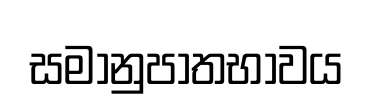
සමානුපාතභාවය